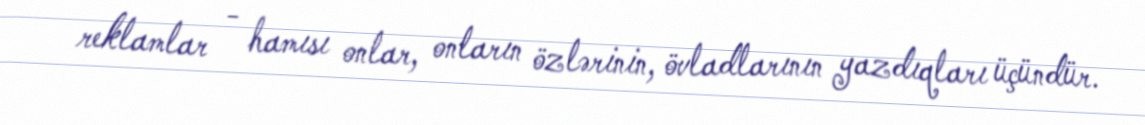
reklamlar - hamısı onlar, onların özlərinin, övladlarının yazdıqları üçündür.